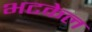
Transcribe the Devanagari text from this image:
भटकेल